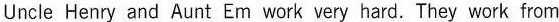
Uncle Henry and Aunt Em work very hard. They work from